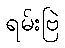
ရမ်းဗြဲ